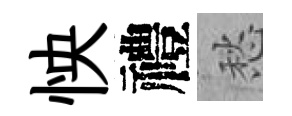
怏禮愁